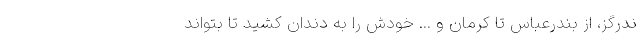
ندرگز، از بندرعباس تا کرمان و ... خودش را به دندان کشید تا بتواند